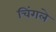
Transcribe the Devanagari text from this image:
चिंगले